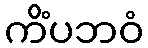
ကိံပဘဝံ